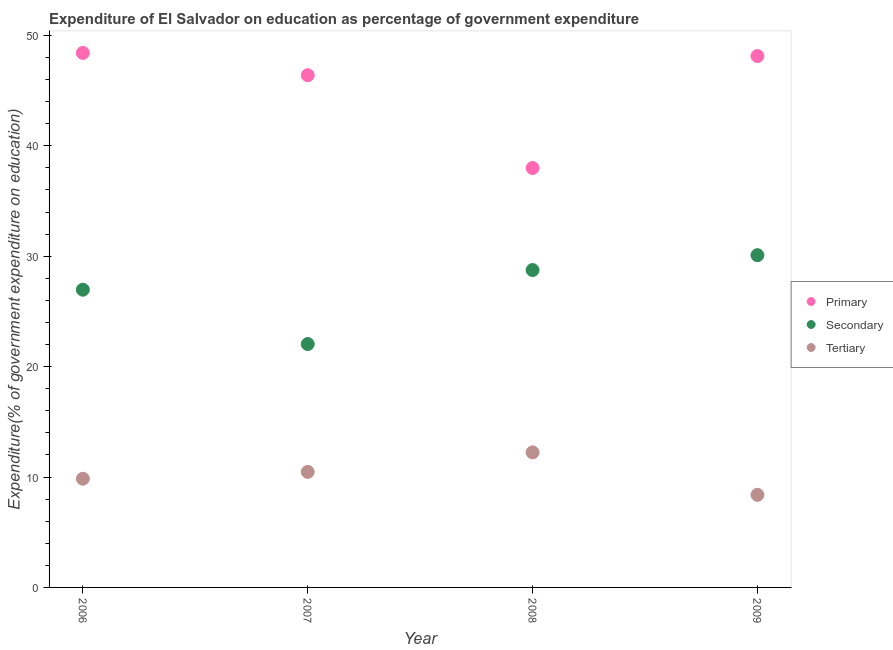
| Year | Primary | Secondary | Tertiary |
 | --- | --- | --- | --- |
 | 2006 | 48.4 | 27 | 9.85 |
 | 2007 | 46.4 | 22 | 10.5 |
 | 2008 | 38 | 28.7 | 12.2 |
 | 2009 | 48.1 | 30.1 | 8.39 |